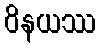
ဝိနယဿ